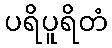
ပရိပူရိတံ